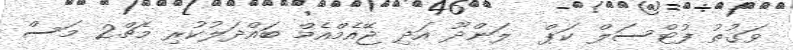
ވަގުތު ފުޓްސަލް ކަޕް  ލަންދޫ އަދި ޖޭއެމްއެމް ބައްދަލުކުރި މެޗް2 މަސް